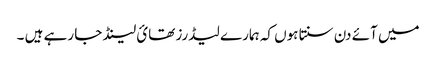
میں آئے دن سنتا ہوں کہ ہمارے لیڈرز تھائ لینڈ جا رہے ہیں ۔